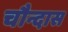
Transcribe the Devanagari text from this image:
चौन्दास